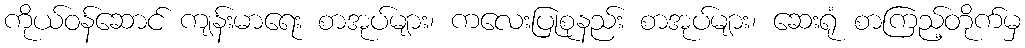
ကိုယ်ဝန်ဆောင် ကျန်းမာရေး စာအုပ်များ၊ ကလေးပြုစုနည်း စာအုပ်များ၊ ဆေးရုံ စာကြည့်တိုက်မှ